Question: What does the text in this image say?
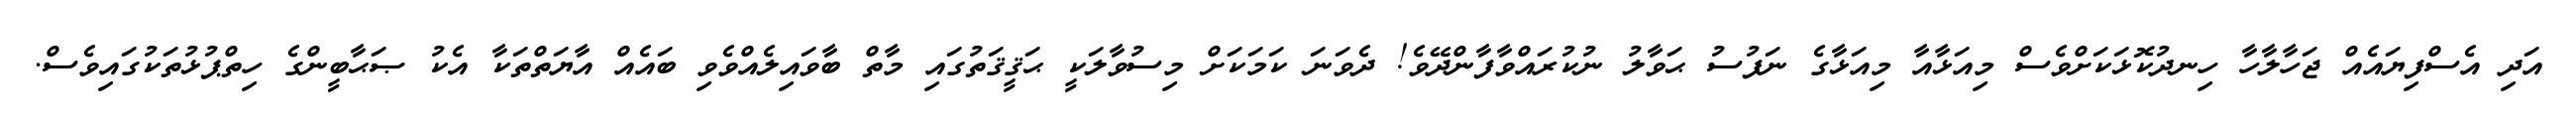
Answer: އަދި އެސްފިޔައެއް ޖަހާލާހާ ހިނދުކޮޅަކަށްވެސް މިއަޅާއާ މިއަޅާގެ ނަފުސު ޙަވާލު ނުކުރައްވާފާންދޭވެ! ދެވަނަ ކަމަކަށް މިސުވާލަކީ ޙަޤީޤަތުގައި މާތް ބާވައިލެއްވެވި ބައެއް އާޔަތްތަކާ އެކު ޞަޙާބީންގެ ހިތްޕުޅުތަކުގައިވެސް.